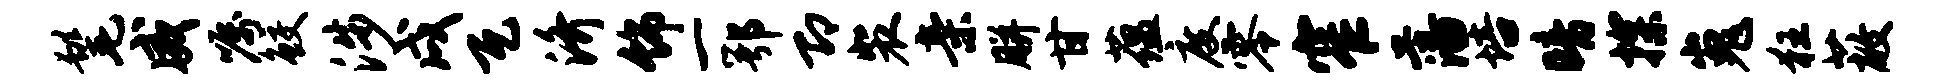
髦威嘱鲛涉戌瓦济饰一鄂即裴亲胼甘蕴度零窄藩培暗探嵬狂蔽